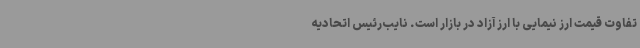
تفاوت قیمت ارز نیمایی با ارز آزاد در بازار است. نایب‌رئیس اتحادیه